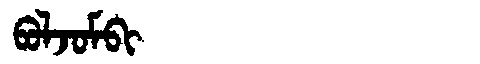
Manchu: ᠪᠣᠯᠵᠣᠮᠪᡳ
Romanization: BOLJOMBI